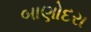
બાણોદરા